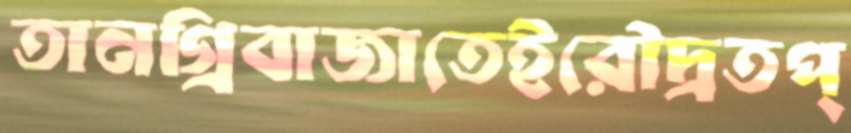
তানগ্রিবাজাতেইরৌদ্রতপ্